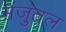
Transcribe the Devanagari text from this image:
मंजुतल